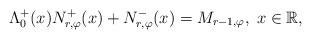
LaTeX: \begin{align*}\Lambda^{+}_{0}(x) N_{r,\varphi}^{+}(x) + N_{r,\varphi}^{-}(x) = {M}_{r-1,\varphi}, \; x\in {\mathbb R},\end{align*}